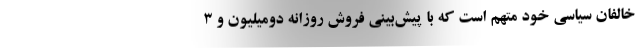
خالفان سیاسی خود متهم است که با پیش‌بینی فروش روزانه دومیلیون و ۳